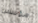
مؤسس